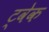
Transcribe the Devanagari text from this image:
ट्वेक